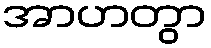
အာဟတွာ